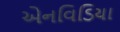
એનવિડિયા